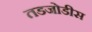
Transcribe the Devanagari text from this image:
तडजोडीस